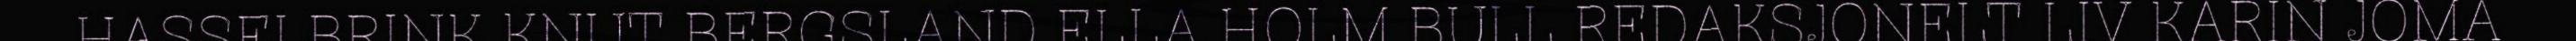
HASSELBRINK KNUT BERGSLAND ELLA HOLM BULL REDAKSJONELT LIV KARIN JOMA